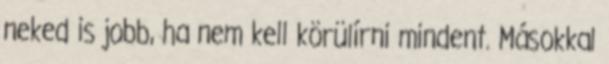
neked is jobb, ha nem kell körülírni mindent. Másokkal